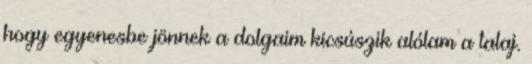
hogy egyenesbe jönnek a dolgaim kicsúszik alólam a talaj.